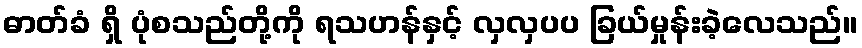
ဓာတ်ခံ ရှိ ပုံစသည်တို့ကို ရသဟန်နှင့် လှလှပပ ခြယ်မှုန်းခဲ့လေသည်။